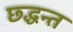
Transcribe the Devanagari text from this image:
छ्द्धन्त